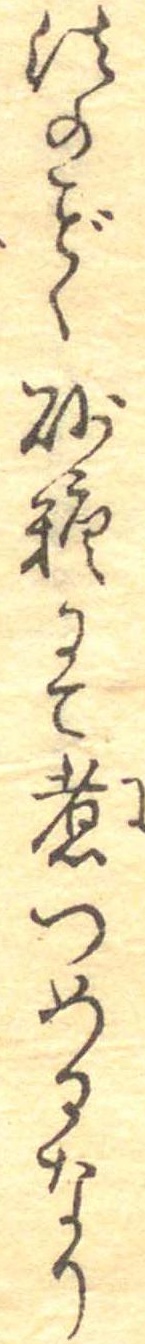
法のく砂糖にて煮つめるなり